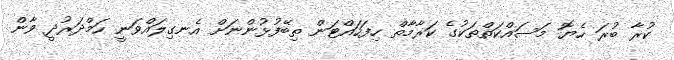
ކުރާ ބުރަ ހެޔޮ މަސައްކަތްތަކުގެ ކަރާމާތް ހިފަހައްޓަން ތިބޭފުޅުންނަށް އެނގިލައްވަނީ ހަމްދަރުދީ ވާން